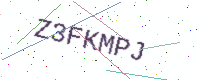
Text: Z3FKMPJ